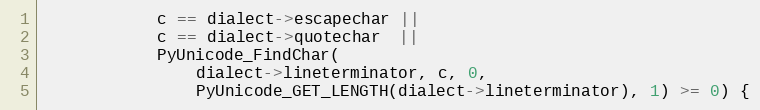
Language: C
            c == dialect->escapechar ||
            c == dialect->quotechar  ||
            PyUnicode_FindChar(
                dialect->lineterminator, c, 0,
                PyUnicode_GET_LENGTH(dialect->lineterminator), 1) >= 0) {